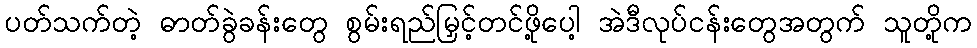
ပတ်သက်တဲ့ ဓာတ်ခွဲခန်းတွေ စွမ်းရည်မြှင့်တင်ဖို့ပေါ့ အဲဒီလုပ်ငန်းတွေအတွက် သူတို့က